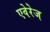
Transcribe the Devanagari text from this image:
एवेरेज